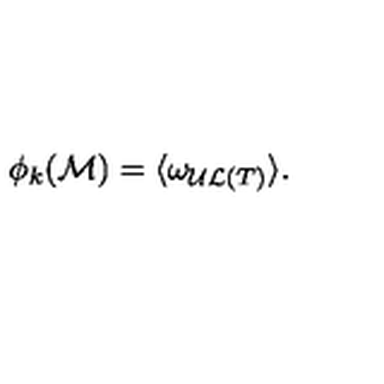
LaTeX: \phi _ { k } ( { \cal M } ) = \langle \omega _ { { \cal U L } ( T ) } \rangle \mathrm { . }